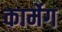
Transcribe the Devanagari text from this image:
कार्मेग